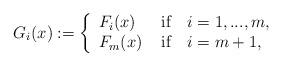
LaTeX: \begin{align*}G_i(x):=\left\{\begin{array}{ll}F_i(x)& \hbox{ if } \ \ i=1,...,m, \\F_{m}(x) & \hbox{ if } \ \ i=m+1, \\\end{array}\right.\end{align*}